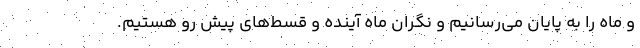
و ماه را به پایان می‌‌رسانیم و نگران ماه آینده و قسط‌های پیش رو هستیم.